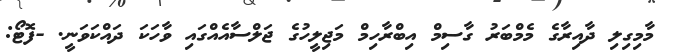
މާމިގިލި ދާއިރާގެ މެމްބަރު ގާސިމް އިބްރާހިމް މަޖިލީހުގެ ޖަލްސާއެއްގައި ވާހަކަ ދައްކަވަނީ. -ފޮޓޯ: